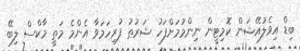
ބިޑް އިވެލުއޭޝަން ކޮމިޓީން ނިންމުމަށްފަހު ޝަރުޠު ފުރިހަމަވާ އެންމެ މަތީ މާކްސް ލިބޭ